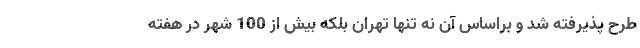
طرح پذیرفته شد و براساس آن نه تنها تهران بلکه بیش از 100 شهر در هفته